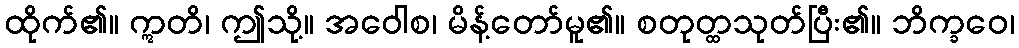
ထိုက်၏။ ဣတိ၊ ဤသို့။ အဝေါစ၊ မိန့်တော်မူ၏။ စတုတ္ထသုတ်ပြီး၏။ ဘိက္ခဝေ၊